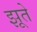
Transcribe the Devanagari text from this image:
झूते